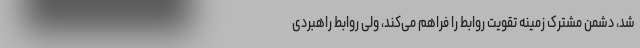
شد، دشمن مشترک زمینه تقویت روابط را فراهم می‌کند، ولی روابط راهبردی